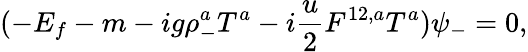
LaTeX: (-E_{f}-m-ig\rho_{-}^{a}{T}^{a}-i\frac{u}{2}F^{12,a}{T}^{a})\psi_{-}=0,